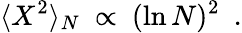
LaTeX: \langle X^{2}\rangle_{N}~\propto~(\ln N)^{2}~~.